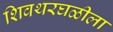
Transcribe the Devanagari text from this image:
शिवथरघळीला